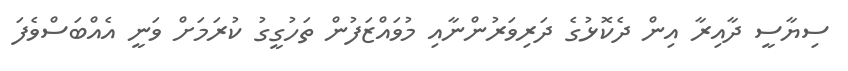
ސިޔާސީ ދާއިރާ އިން ދެކޮޅުގެ ދަރިވަރުންނާއި މުވައްޒަފުން ތަހުގީގު ކުރަމަށް ވަނީ އެއްބަސްވެފަ